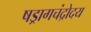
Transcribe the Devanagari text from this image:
षड्रागचंद्रोदय